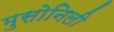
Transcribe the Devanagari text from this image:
मुसोनिली